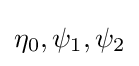
\eta _{0},\psi _{1},\psi _{2}